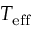
T _ { \mathrm { e f f } }